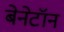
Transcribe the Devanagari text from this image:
बेनेटॉन